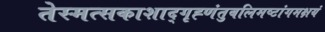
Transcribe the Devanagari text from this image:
तेस्मत्सकाशाद्गृह्णंतुबलिमष्टांगमक्षयं